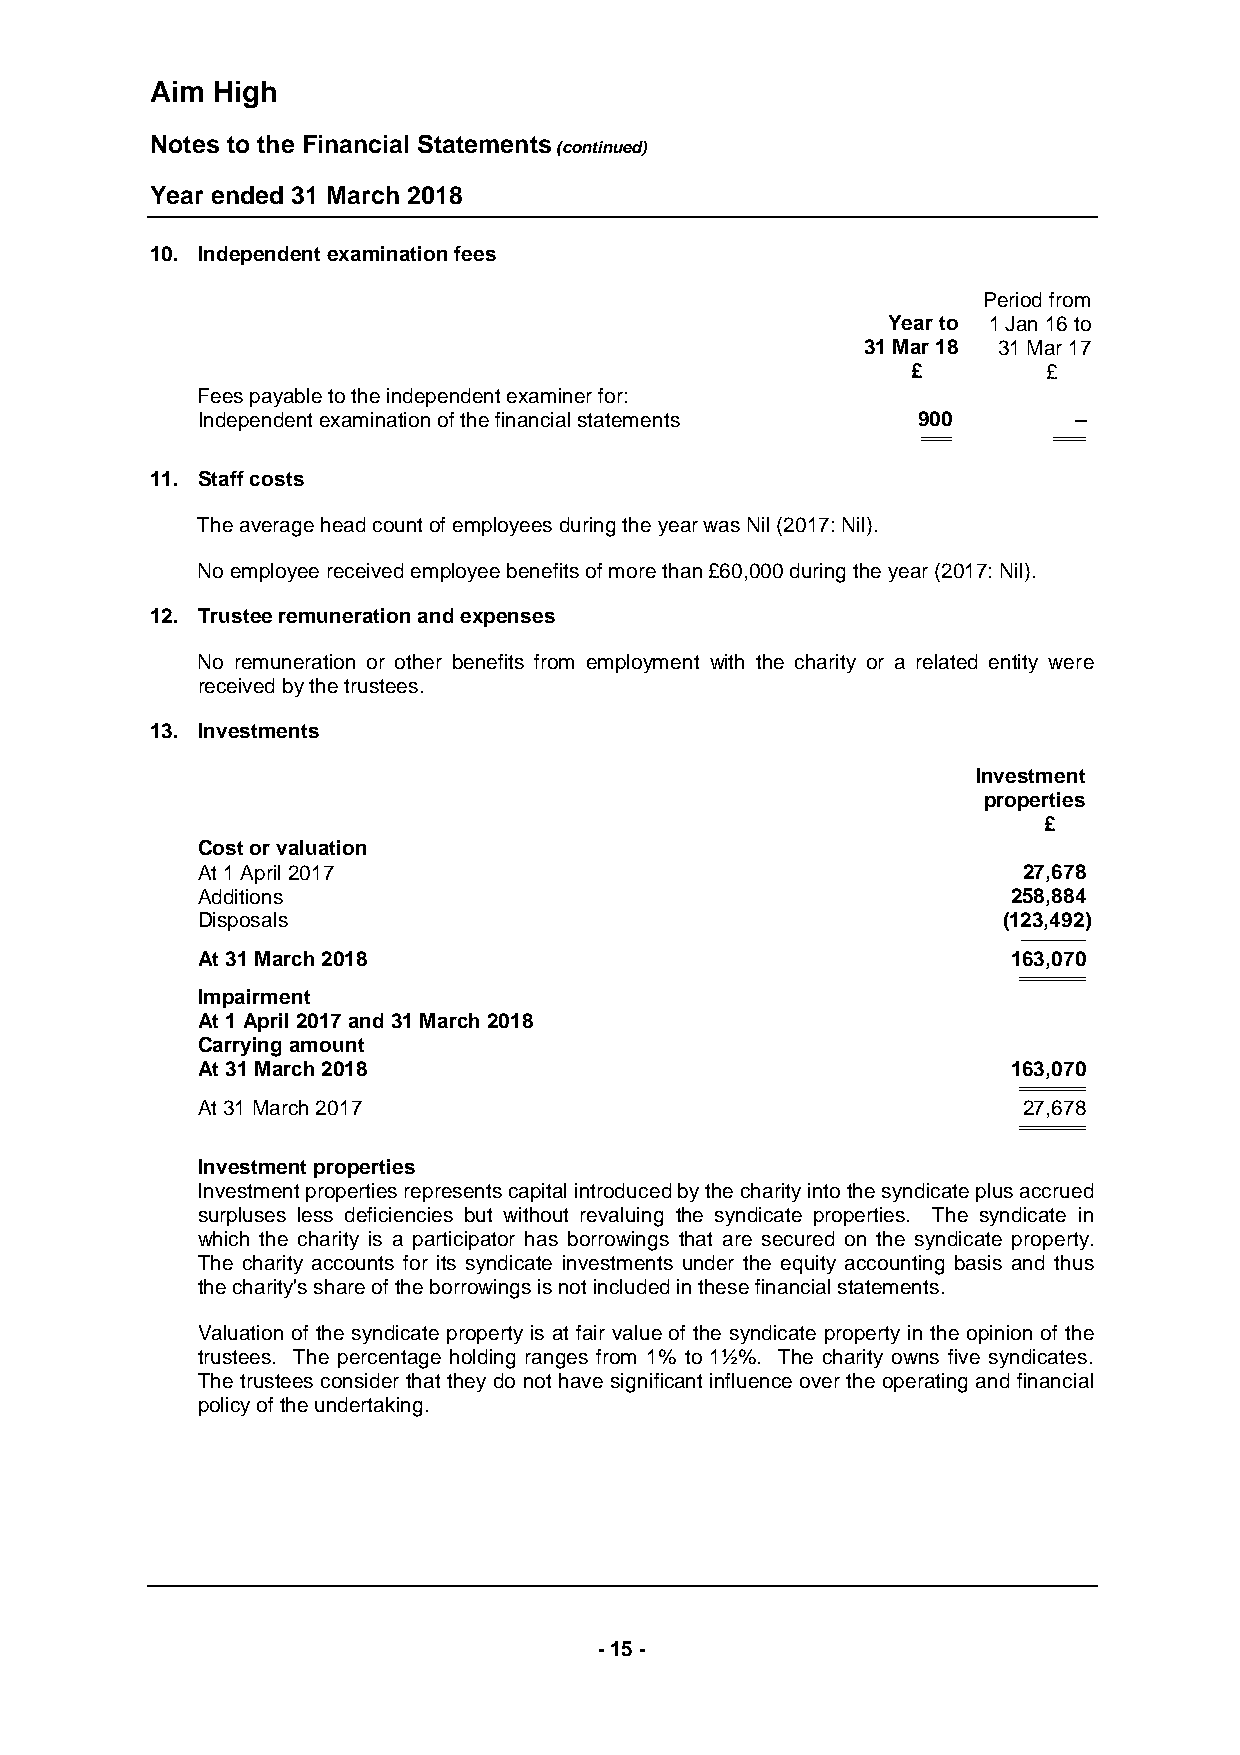
Aim High
 Notes to the Financial Statements
 (continued)
 Year ended 31 March 2018
 10. Independent examination fees
 Period from
 Year to 1 Jan 16 to
 31 Mar 18 31 Mar 17
 £        £
 Fees payable to the independent examiner for:
 Independent examination of the financial statements 900   –
 ============== ==============
 11. Staff costs
 The average head count of employees during the year was Nil (2017: Nil).
 No employee received employee benefits of more than £60,000 during the year (2017: Nil).
 12. Trustee remuneration and expenses
 No remuneration or other benefits from employment with the charity or a related entity were
 received by the trustees.
 13. Investments
 Investment
 properties
 £
 Cost or valuation
 At 1 April 2017                                        27,678
 Additions                                             258,884
 Disposals                                            (123,492)
 --------------------------------
 At 31 March 2018                                      163,070
 ================================
 Impairment
 At 1 April 2017 and 31 March 2018
 Carrying amount
 At 31 March 2018                                      163,070
 ================================
 At 31 March 2017                                       27,678
 ================================
 Investment properties
 Investment properties represents capital introduced by the charity into the syndicate plus accrued
 surpluses less deficiencies but without revaluing the syndicate properties. The syndicate in
 which the charity is a participator has borrowings that are secured on the syndicate property.
 The charity accounts for its syndicate investments under the equity accounting basis and thus
 the charity's share of the borrowings is not included in these financial statements.
 Valuation of the syndicate property is at fair value of the syndicate property in the opinion of the
 trustees. The percentage holding ranges from 1% to 1½%. The charity owns five syndicates.
 The trustees consider that they do not have significant influence over the operating and financial
 policy of the undertaking.
 - 15 -